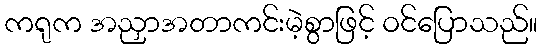
ကရုက အညှာအတာကင်းမဲ့စွာဖြင့် ဝင်ပြောသည်။